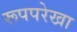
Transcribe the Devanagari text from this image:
रूपपरेखा